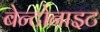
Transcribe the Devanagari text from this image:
बेन्टोनाइट